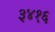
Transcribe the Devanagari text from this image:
३४१६